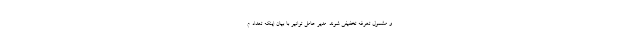
و مشمول تعرفه تخفیفی شوند. مدیر عامل توانیر با بیان اینکه تعداد م